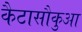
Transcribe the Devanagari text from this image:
कैटासौकुआ